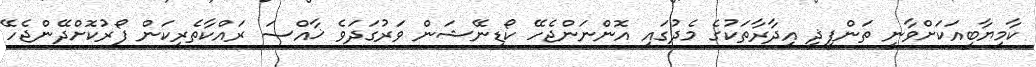
ކާމިޔާބީއަކަށްވާނީ ތަންފީޛީ އިދާރާތަކުގެ މެދުގައި އޮންނަންޖެހޭ ކޯޑިނޭޝަން ވަރުގަދަވެ ޚާއްޞަ ރައްކާތެރިކަން ފޯރުކޮށްދޭންޖެހޭ